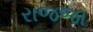
રાજજા